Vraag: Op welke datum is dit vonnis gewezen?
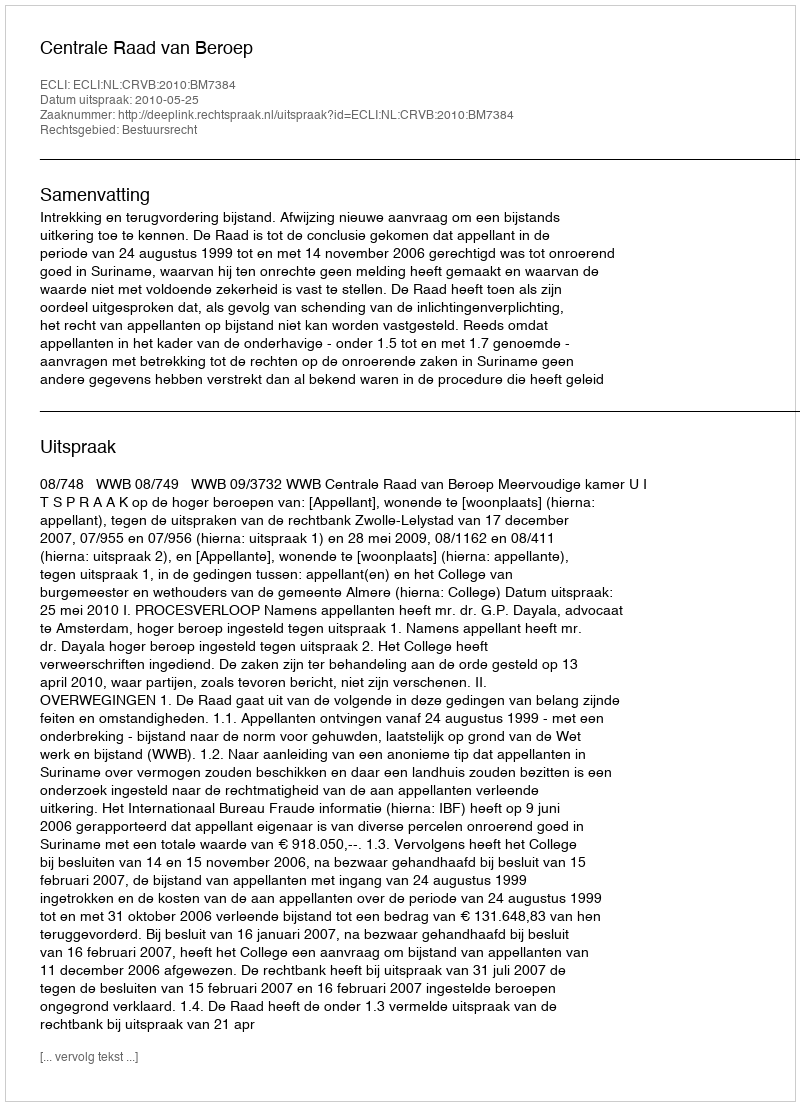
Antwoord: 2010-05-25